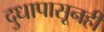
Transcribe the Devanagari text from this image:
दुधापासूनही